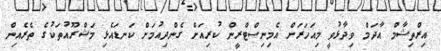
އިރްތިޝާމް އާދަމް ވިދާޅުވީ މިއަހަރަށް އެމިނިސްޓްރީން ކުރިއަށް ގެންދިއުމަށް ކަނޑައެޅި މަޝްރޫއުތަކުގެ ތެރެއިން